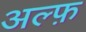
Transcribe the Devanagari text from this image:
अल्फ़